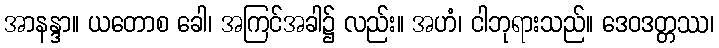
အာနန္ဒာ။ ယတောစ ခေါ၊ အကြင်အခါ၌ လည်း။ အဟံ၊ ငါဘုရားသည်။ ဒေဝဒတ္တဿ၊